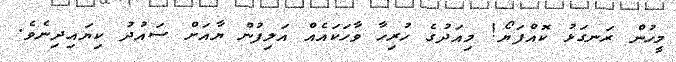
މީހުން ރަނގަޅު ކޮއްފަޔޯ! މިއަދުގެ ހުރިހާ ވާހަކައެއް އަލިފުން ޔާއަށް ސައުދު ކިޔައިދިނެވެ.